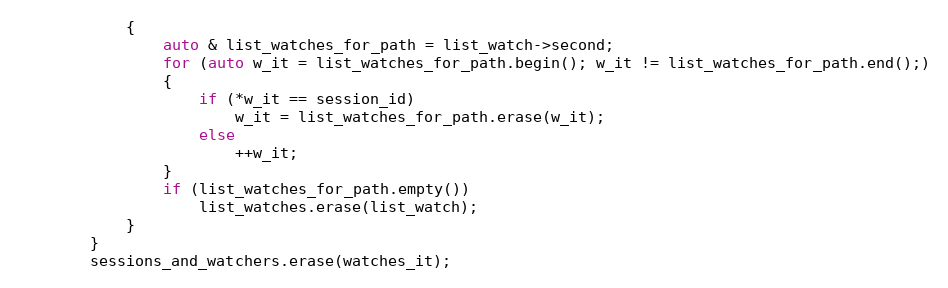
Language: C++
            {
                auto & list_watches_for_path = list_watch->second;
                for (auto w_it = list_watches_for_path.begin(); w_it != list_watches_for_path.end();)
                {
                    if (*w_it == session_id)
                        w_it = list_watches_for_path.erase(w_it);
                    else
                        ++w_it;
                }
                if (list_watches_for_path.empty())
                    list_watches.erase(list_watch);
            }
        }
        sessions_and_watchers.erase(watches_it);